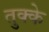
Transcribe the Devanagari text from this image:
तुक्के